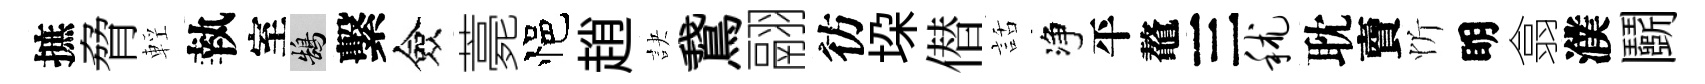
摭脅輕執室鵠繫僉薧悒趙訣鵞翮彷垜僣話净平鼇三秫耽𧶠忻眀翕濮鬬